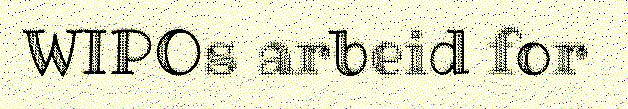
WIPOs arbeid for